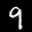
Label: 9